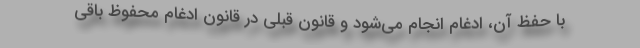
با حفظ آن، ادغام انجام می‌شود و قانون قبلی در قانون ادغام محفوظ باقی